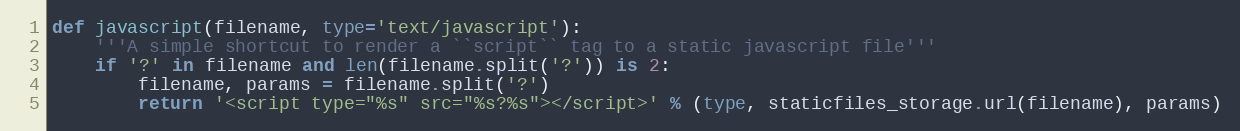
Language: Python
def javascript(filename, type='text/javascript'):
    '''A simple shortcut to render a ``script`` tag to a static javascript file'''
    if '?' in filename and len(filename.split('?')) is 2:
        filename, params = filename.split('?')
        return '<script type="%s" src="%s?%s"></script>' % (type, staticfiles_storage.url(filename), params)